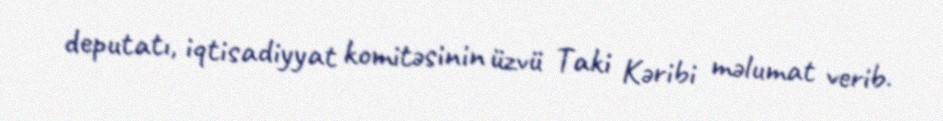
deputatı, iqtisadiyyat komitəsinin üzvü Taki Kəribi məlumat verib.